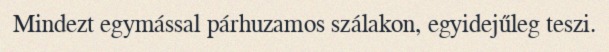
Mindezt egymással párhuzamos szálakon, egyidejűleg teszi.